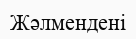
Жәлмендені